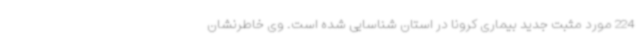
224 مورد مثبت جدید بیماری کرونا در استان شناسایی شده است. وی خاطرنشان